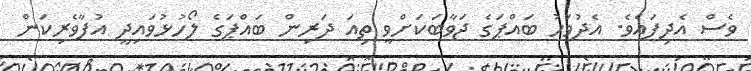
ވެސް އެދިފައެވެ. އެދުވަހު ބައްޕަގެ ޖަވާބަކަށްވީ ތިއަ ދަރިން ބައްޕަގެ ލޯހުޅުވައިދީ އުފާވެރިކަން